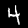
Digit: 4